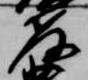
教